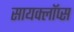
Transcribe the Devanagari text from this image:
सायक्लॉप्स